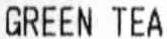
GREEN TEA